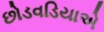
છોડવડિયાએ